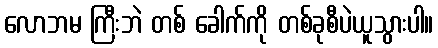
လောဘမ ကြီးဘဲ တစ် ခေါက်ကို တစ်ခုစီပဲယူသွားပါ။